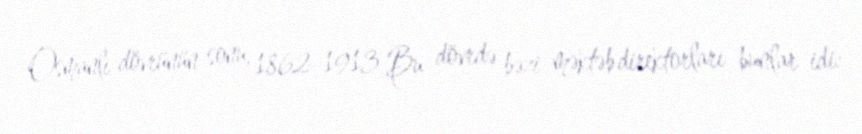
Osmanlı dövrünün sonu, 1862-1913 Bu dövrdə bəzi məktəb direktorları bunlar idi: